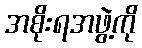
အစိုးရအဖွဲ့ကို